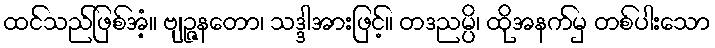
ထင်သည်ဖြစ်အံ့။ ဗျဉ္ဇနတော၊ သဒ္ဒါအားဖြင့်။ တဒညမ္ပိ၊ ထိုအနက်မှ တစ်ပါးသော